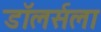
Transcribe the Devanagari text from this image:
डॉलर्सला